Vaccination in Bombay 1924-1928 - 1924-1928
Year: 1924
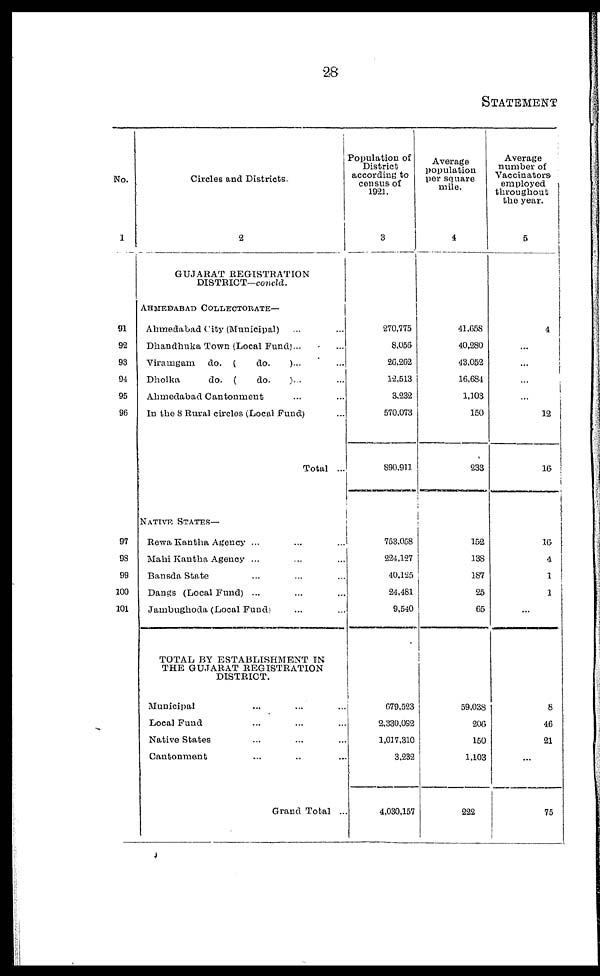
28
STATEMENT
No.
1
91
92
93
94
95
96
97
98
99
100
101
Circles and Districts.
2
GUJARAT REGISTRATION
DISTRICT—concld.
AHMEDABAD COLLECTORATE—
Ahmedabad City (Municipal) ... ...
Dhandhuka Town (Local Fund)... ...
Viramgam do. (
do.
)... ...
Dholka
do. (
do. )... ...
Ahmedabad Cantonment ... ...
In the 8 Rural circles (Local Fund) ...
Total ...
NATIVE STATES—
Rewa Kantha Agency ... ... ...
Mahi Kantha Agency ... ... ...
Bansda State ... ... ...
Dangs (Local Fund) ... ... ...
Jambughoda (Local Fund) ... ...
TOTAL BY ESTABLISHMENT IN
THE GUJARAT REGISTRATION
DISTRICT.
Municipal ... ... ...
Local Fund ... ... ...
Native States ... ... ...
Cantonment ... ... ...
Grand Total ...
Population of
District
according to
census of
1921.
3
270,775
8,056
26,262
12,513
3,232
570,073
890,911
753,058
224,127
40,125
24,481
9,540
679,523
2,330,092
1,017,310
3,232
4,030,157
Average
population
per square
mile.
4
41,658
40,280
43,052
16,684
1,103
150
233
152
138
187
25
65
59,038
206
150
1,103
222
Average
number of
Vaccinators
employed
throughout
the year.
5
4
...
...
...
...
12
16
16
4
1
1
...
8
46
21
...
75